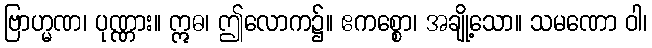
ဗြာဟ္မဏ၊ ပုဏ္ဏား။ ဣဓ၊ ဤလောက၌။ ဧကစ္စော၊ အချို့သော။ သမဏော ဝါ၊